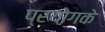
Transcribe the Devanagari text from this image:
प्रयोगके